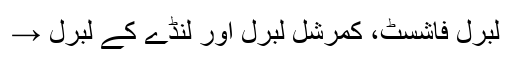
لبرل فاشسٹ، کمرشل لبرل اور لنڈے کے لبرل →